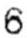
6